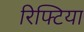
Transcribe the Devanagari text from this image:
रिफ्टिया